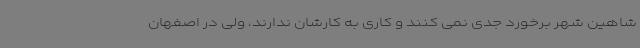
شاهین شهر برخورد جدی نمی کنند و کاری به کارشان ندارند، ولی در اصفهان